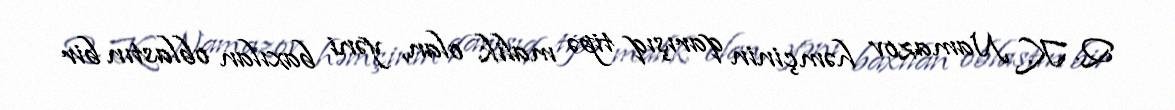
Q. K. Namazov həmçinin qarışıq tipə malik olan, yəni baxılan oblastın bir